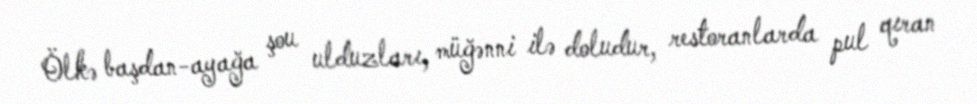
Ölkə başdan-ayağa şou ulduzları, müğənni ilə doludur, restoranlarda pul qıran